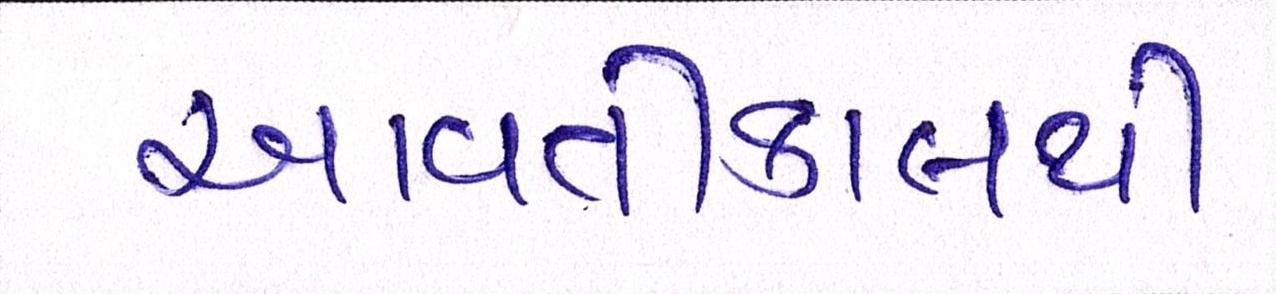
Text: આવતીકાલથી